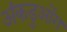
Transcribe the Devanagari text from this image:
अंकडुओंग